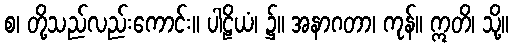
စ၊ တို့သည်လည်းကောင်း။ ပါဠိယံ၊ ၌။ အနာဂတာ၊ ကုန်။ ဣတိ၊ သို့။